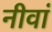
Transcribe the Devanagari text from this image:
नीवां